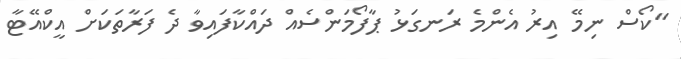
"ކޯސް ނިމޭ އިރު އެންމެ ރަނގަޅު ޕާފޯމަންސެއް ދައްކާފައިވާ ދެ ފަރާތަކަށް އީކްއޭޓާ